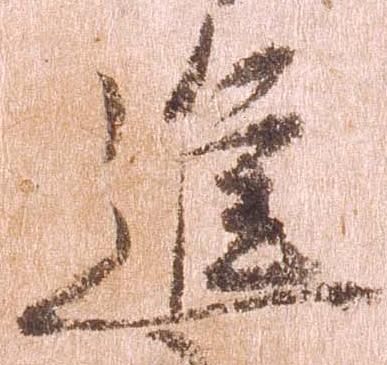
進